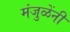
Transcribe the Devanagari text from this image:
मंजुळेंनी